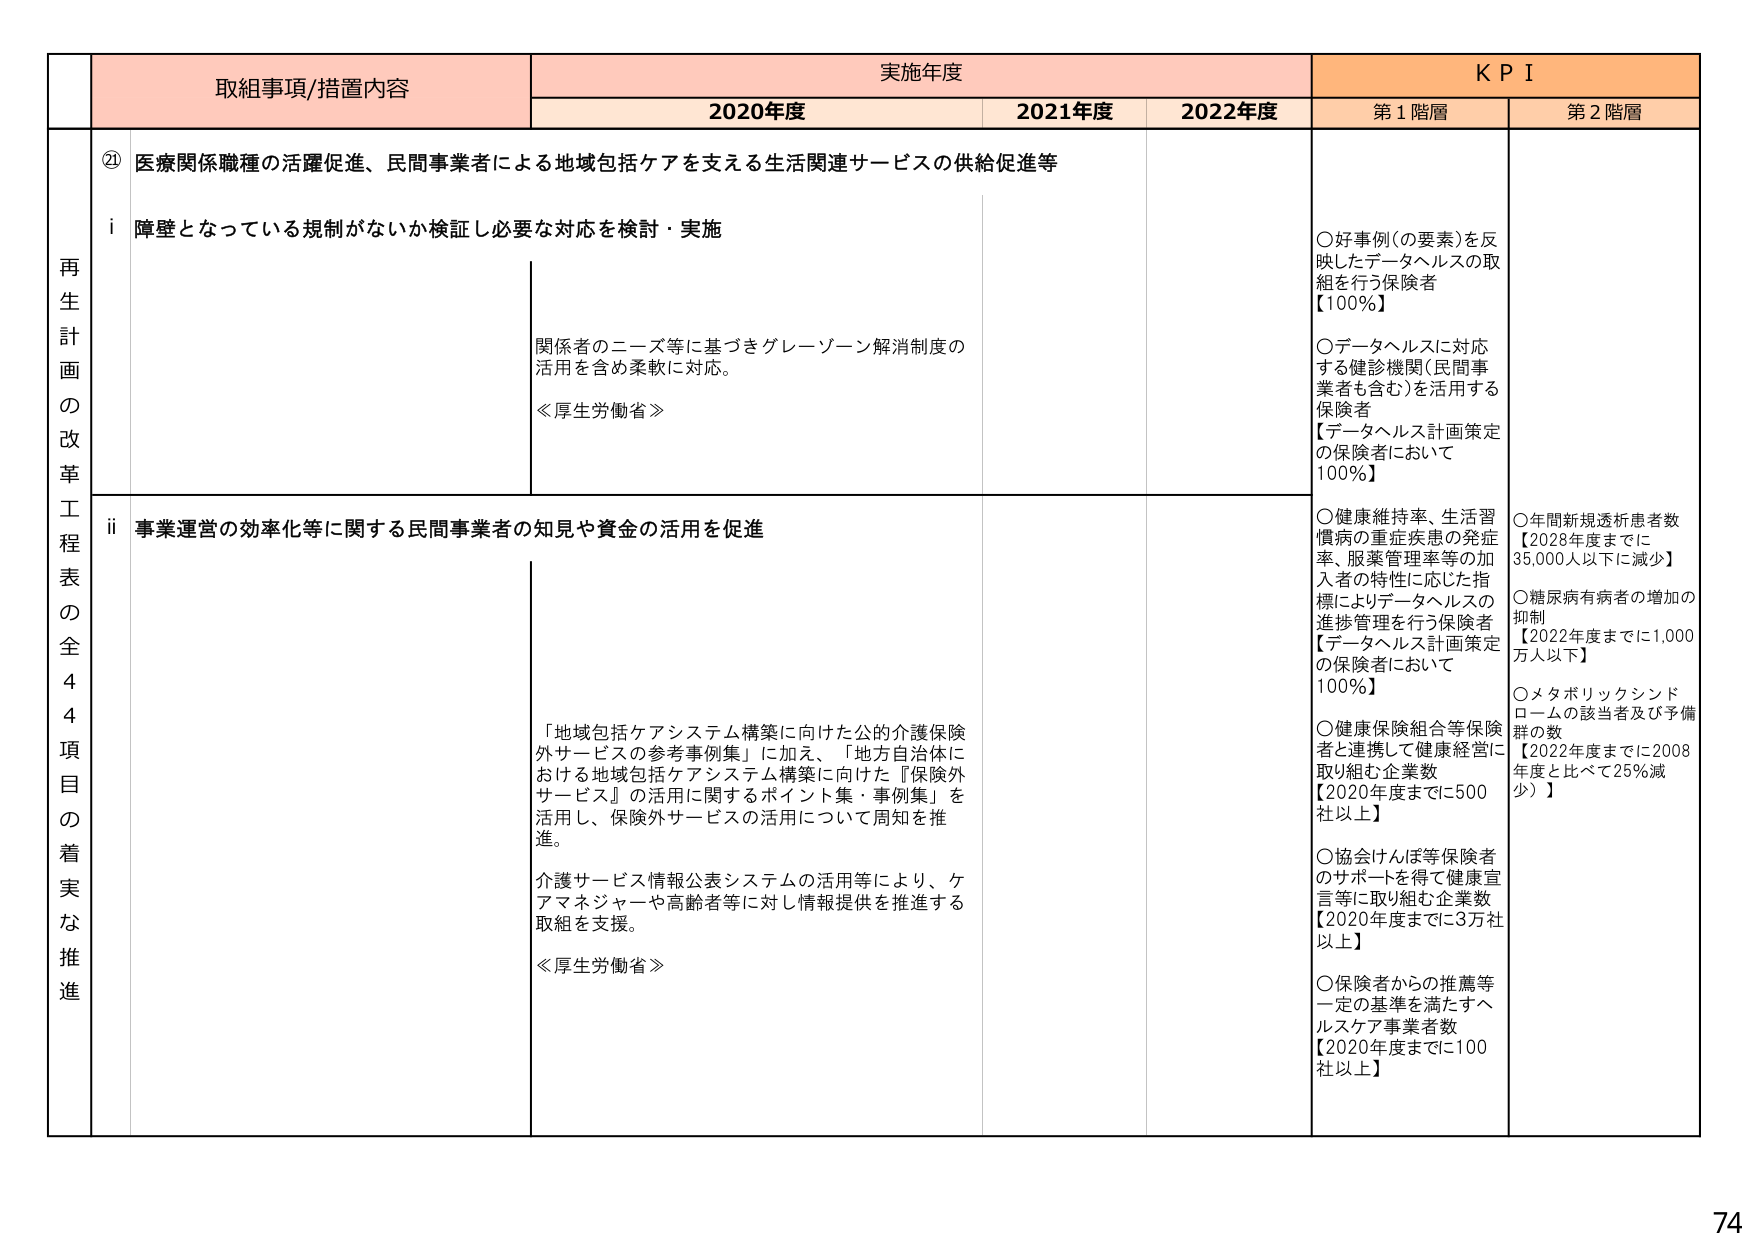
再⽣計画の改⾰⼯程表の全44項⽬の着実な推進

② 医療関係職種の活躍促進、⺠間事業者による地域包括ケアを⽀える⽣活関連サービスの供給促進等

i 障壁となっている規制がないか検証し必要な対応を検討・実施
関係者のニーズ等に基づきグレーゾーン解消制度の活⽤を含め柔軟に対応。
≪厚⽣労働省≫

ii 事業運営の効率化等に関する⺠間事業者の知⾒や資⾦の活⽤を促進
「地域包括ケアシステム構築に向けた公的介護保険外サービスの参考事例集」に加え、「地⽅⾃治体における地域包括ケアシステム構築に向けた『保険外サービス』の活⽤に関するポイント集・事例集」を活⽤し、保険外サービスの活⽤について周知を推進。
介護サービス情報公表システムの活⽤等により、ケアマネジャーや⾼齢者等に対し情報提供を推進する取組を⽀援。
≪厚⽣労働省≫

実施年度
2020年度 2021年度 2022年度

KPI
第1階層
○好事例(の要素)を反映したデータヘルスの取組を⾏う保険者【100%】
○データヘルスに対応する健診機関(⺠間事業者も含む)を活⽤する保険者【データヘルス計画策定の保険者において100%】
○健康維持率、⽣活習慣病の重症疾患の発症率、服薬管理率等の加⼊者の特性に応じた指標によりデータヘルスの進捗管理を⾏う保険者【データヘルス計画策定の保険者において100%】
○健康保険組合等保険者と連携して健康経営に取り組む企業数【2020年度までに500社以上】
○協会けんぽ等保険者のサポートを得て健康宣⾔等に取り組む企業数【2020年度までに3万社以上】
○保険者からの推薦等⼀定の基準を満たすヘルスケア事業者数【2020年度までに100社以上】

第2階層
○年間新規透析患者数【2028年度までに35,000⼈以下に減少】
○糖尿病有病者の増加の抑制【2022年度までに1,000万⼈以下】
○メタボリックシンドロームの該当者及び予備群の数【2022年度までに2008年度と⽐べて25%減少】

74